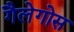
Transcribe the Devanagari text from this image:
गैलेगोस